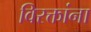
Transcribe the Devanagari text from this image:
विरक्तांना